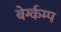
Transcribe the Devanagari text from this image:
बेर्ग्कम्प